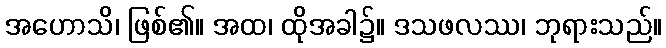
အဟောသိ၊ ဖြစ်၏။ အထ၊ ထိုအခါ၌။ ဒသဖလဿ၊ ဘုရားသည်။